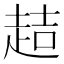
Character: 趌